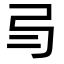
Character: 𢎥